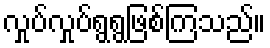
လှုပ်လှုပ်ရွရွဖြစ်ကြသည်။